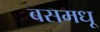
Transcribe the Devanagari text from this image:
बसमधू